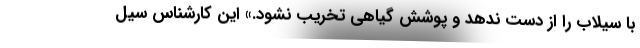
با سیلاب را از دست ندهد و پوشش گیاهی تخریب نشود.» این کارشناس سیل